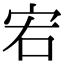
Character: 𡧣